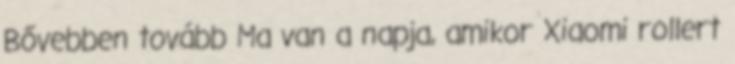
Bővebben tovább Ma van a napja, amikor Xiaomi rollert